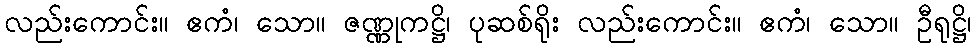
လည်းကောင်း။ ဧကံ၊ သော။ ဇဏ္ဏုကဋ္ဌိ၊ ပုဆစ်ရိုး လည်းကောင်း။ ဧကံ၊ သော။ ဦရုဋ္ဌိ၊